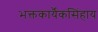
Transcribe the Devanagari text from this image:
भक्तकार्यैकसिंहाय